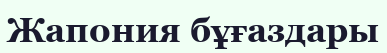
Жапония бұғаздары